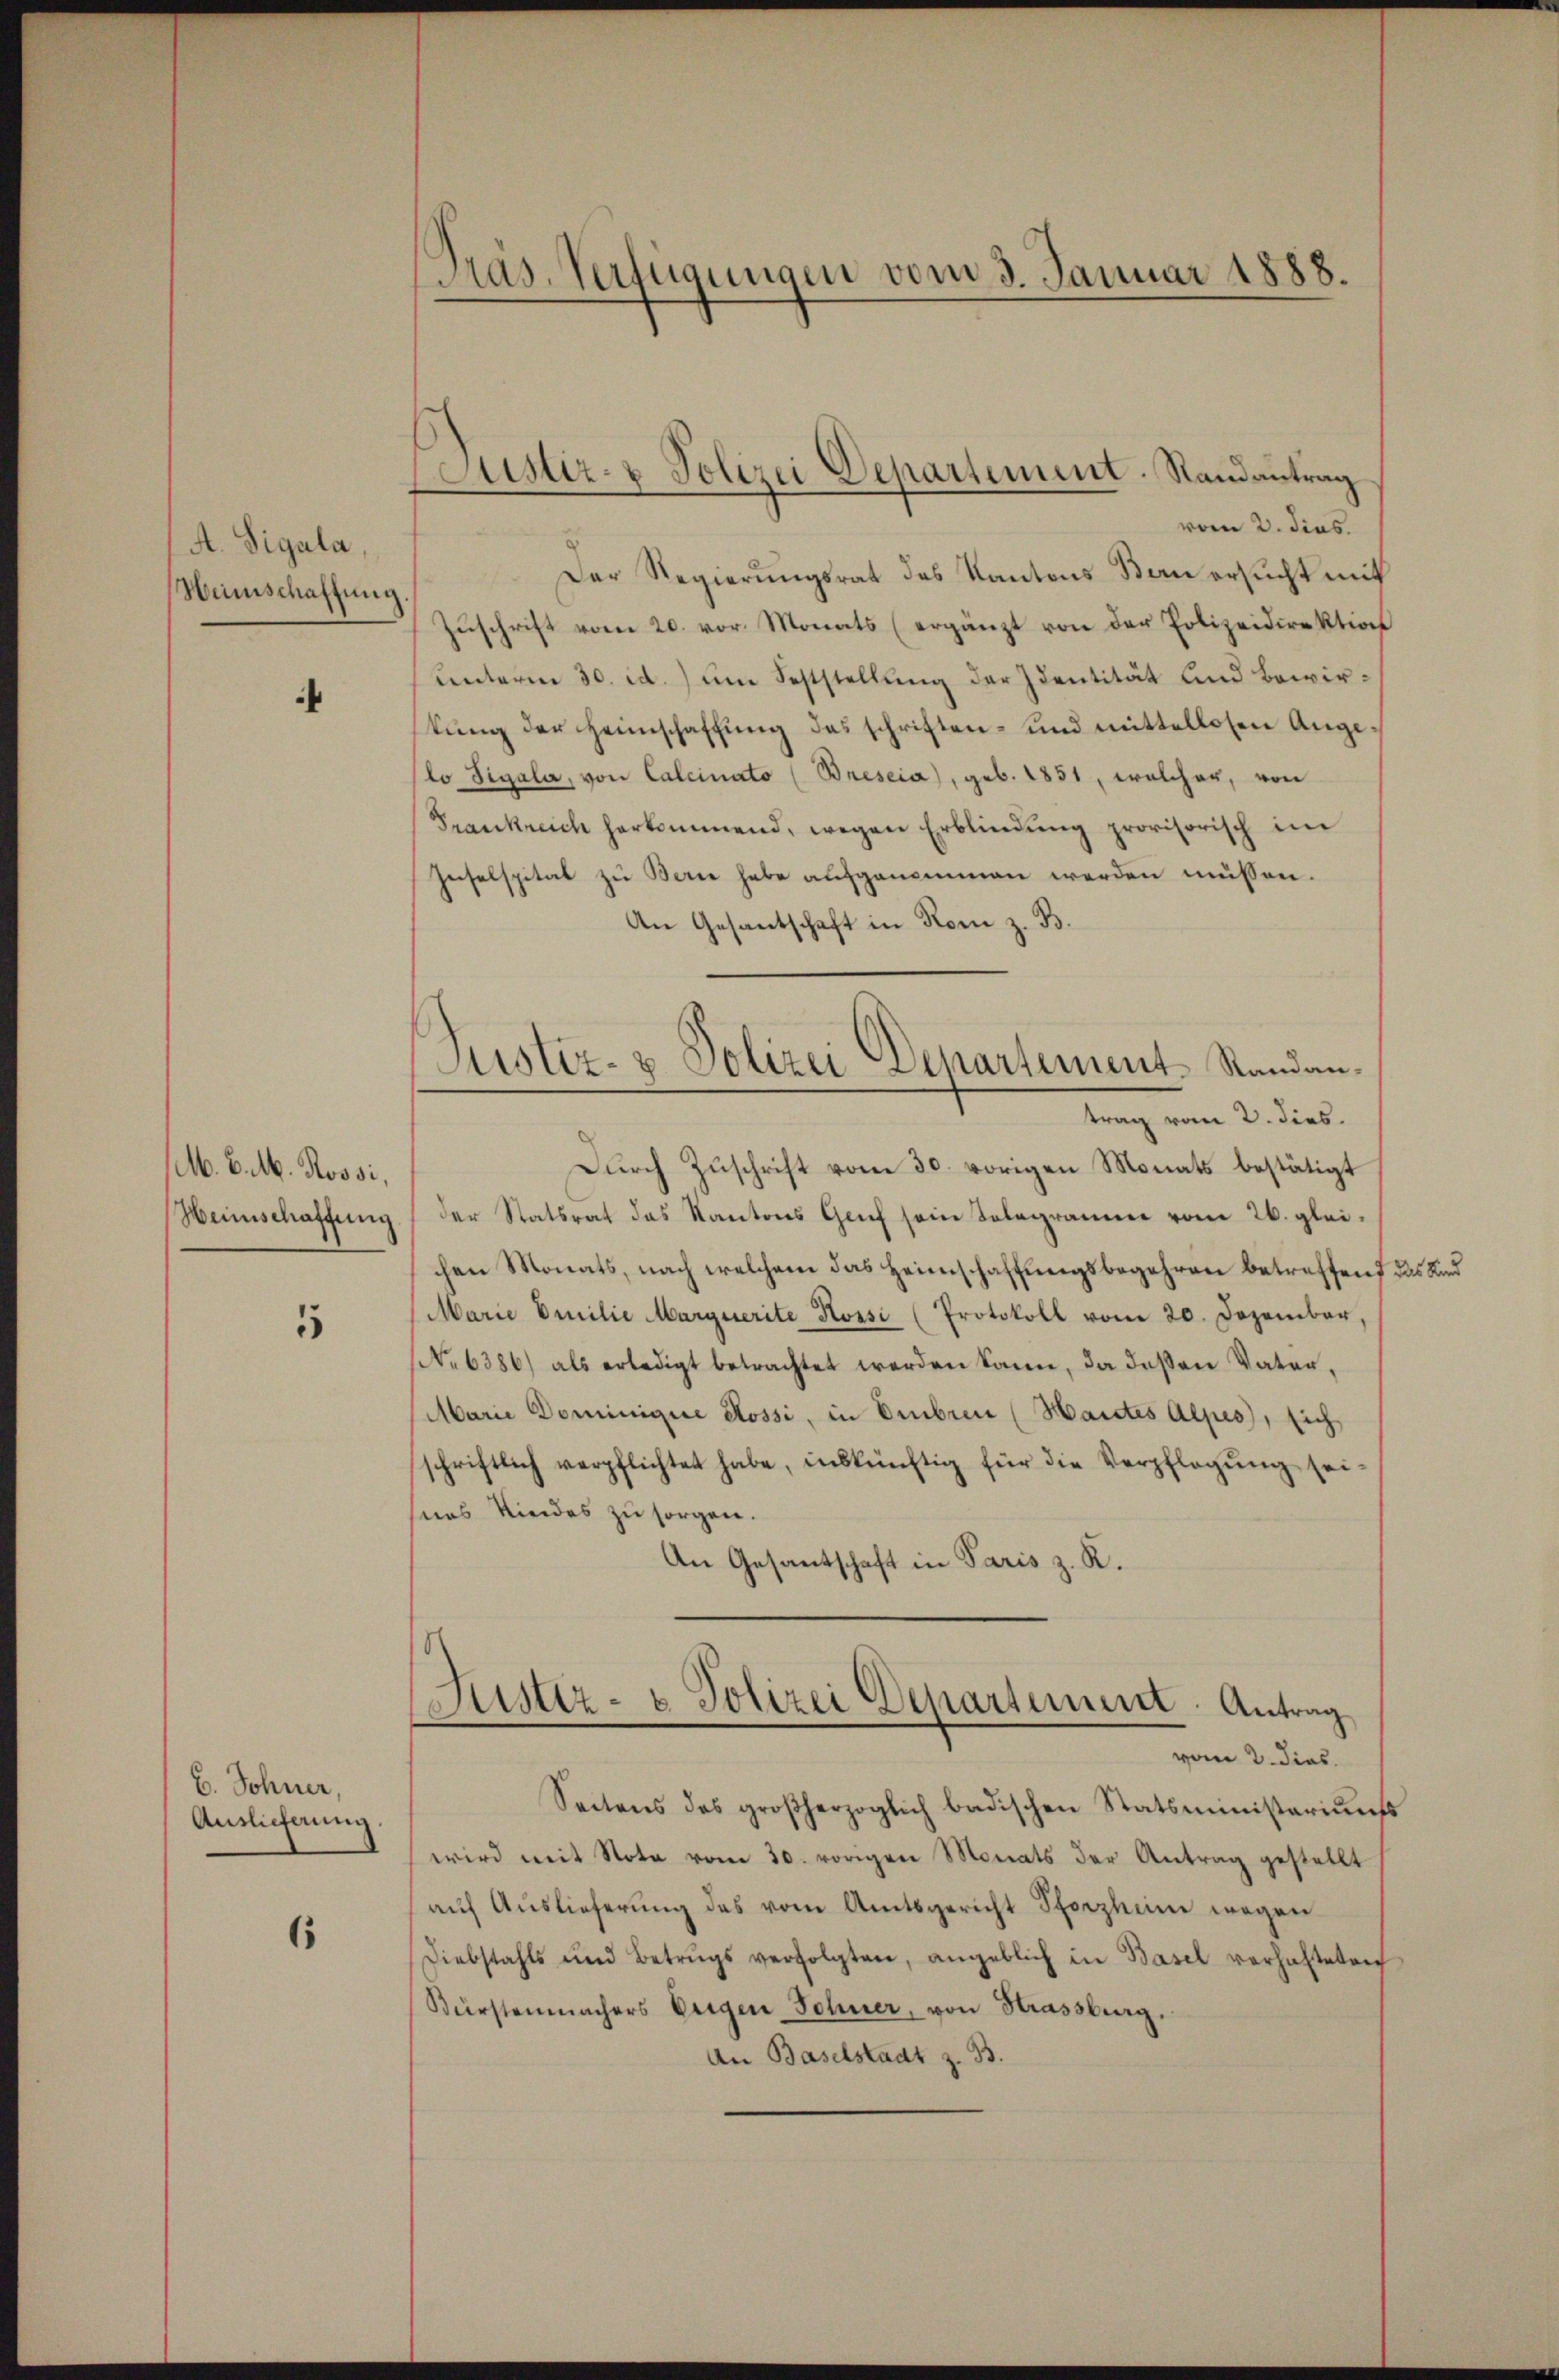
A. Sigala,
Wunschaftung.

¬

M. C. M. Rossi,
Weinschaffung

5

B. Sohner,
Auslieferung

6

Präs. Verfügungen vom 3. Januar 1888.

ustiz- & Polizei Departement. Randantrag

Justiz- & Polizei Departement-Standan¬

vom 2. dies
Der Regierungsrat des Kantons Bau ersucht mit
Zŭschrift vom 20. vor. Monats (ergänzt von der Polizeidirektion
unterm 30. d.) um Feststellung der Identität und Bewirstung der Heimschaffung des schriften- und mittellosen Angelo Tigala, von Calcinato (Breseia), geb. 1851, welcher, von
Frankreich herkommend, wegen Erblindŭng provisorisch im
Inselspital zu Bern habe aufgenommen werden müssen.
An Gesantschaft in Rom z. B.
trag vom 2. dies.
Durch Zuschrift vom 30. vorigen Monats bestätigt
der Statsrat das Kantons Genf sein Solegramme vom 26. gleichen Monats, nach welchem das Heimschaffungsbegehren betreffend das Kind
Marie Emilie Marquerite Kossi (Protokoll vom 20. Dezember,
No 6386) als erledigt betrachtet werden kann, da deßen Vater,
Marie Dominige Rossi, in Embre (Haictes Alpes, sich
schriftlich verpflichtet habe, inskünftig für die Verpflegŭng sei
nas Kindes zu sorgen.
An Gesantschaft in Paris z. R.
Justiz- & Polizei Departement Antrag
vom 2. dies
Seitens des großherzoglich badischen Statsministeriums
wird mit Note vom 30. vorigen Monats der Antrag gestellt
aŭf Aŭslieferŭng des vom Amtsgericht Pforzheim wegen
Diebstahls und Betrugs verfolgten, angeblich in Basel verhalteten
Bürstenmachers beigen Sohner, von Strassburg,
An Baselstadt z. B.